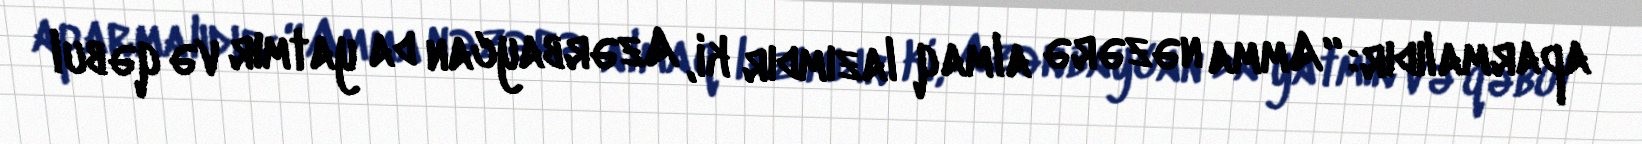
aparmalıdır: “Amma nəzərə almaq lazımdır ki, Azərbaycan da yatmır və qəbul